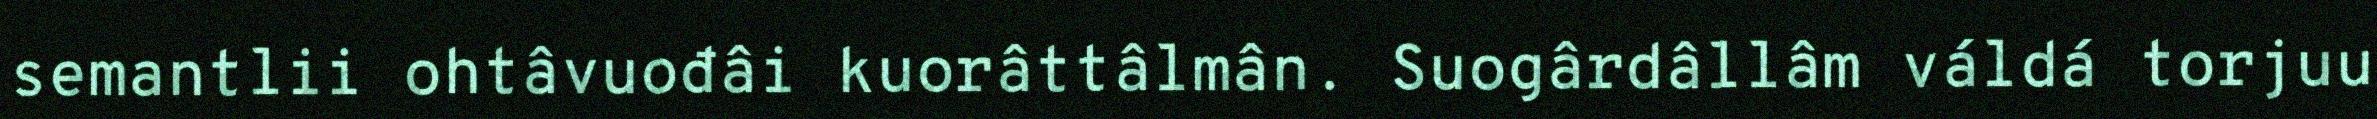
semantlii ohtâvuođâi kuorâttâlmân. Suogârdâllâm váldá torjuu